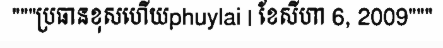
"""ប្រធានខុសហើយphuylai | ខែសីហា 6, 2009"""